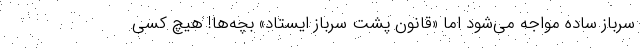
سرباز ساده مواجه می‌شود اما «قانون پشت سرباز ایستاد» بچه‌ها! هیچ کسی